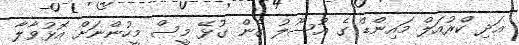
އަދި ކްރުއަލް މައިންޑް ގެ އުސޫލު ގެން ގުޅޭ މީސް މީހުންނަށް އޮޅުވާލާ